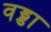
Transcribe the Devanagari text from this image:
वड्डा